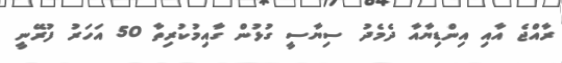
ރާއްޖެ އާއި އިންޑިޔާއާ ދެމެދު ސިޔާސީ ގުޅުން ގާއިމުކުރިތާ 50 އަހަރު ފުރޭނީ